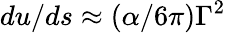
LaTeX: du/ds\approx(\alpha/6\pi)\Gamma^{2}